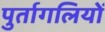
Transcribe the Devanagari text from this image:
पुर्तागलियों